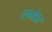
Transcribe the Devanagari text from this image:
समेार